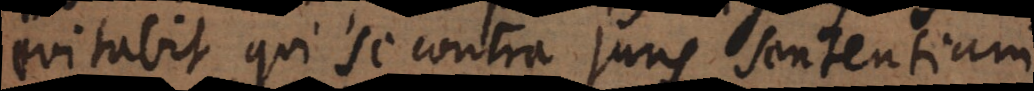
evitabit qui se contra juris sententiam